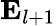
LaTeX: {\mathbf E}_{l+1}